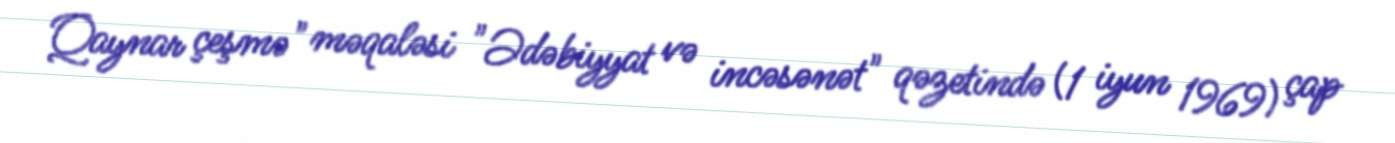
Qaynar çeşmə" məqaləsi "Ədəbiyyat və incəsənət" qəzetində (1 iyun 1969) çap